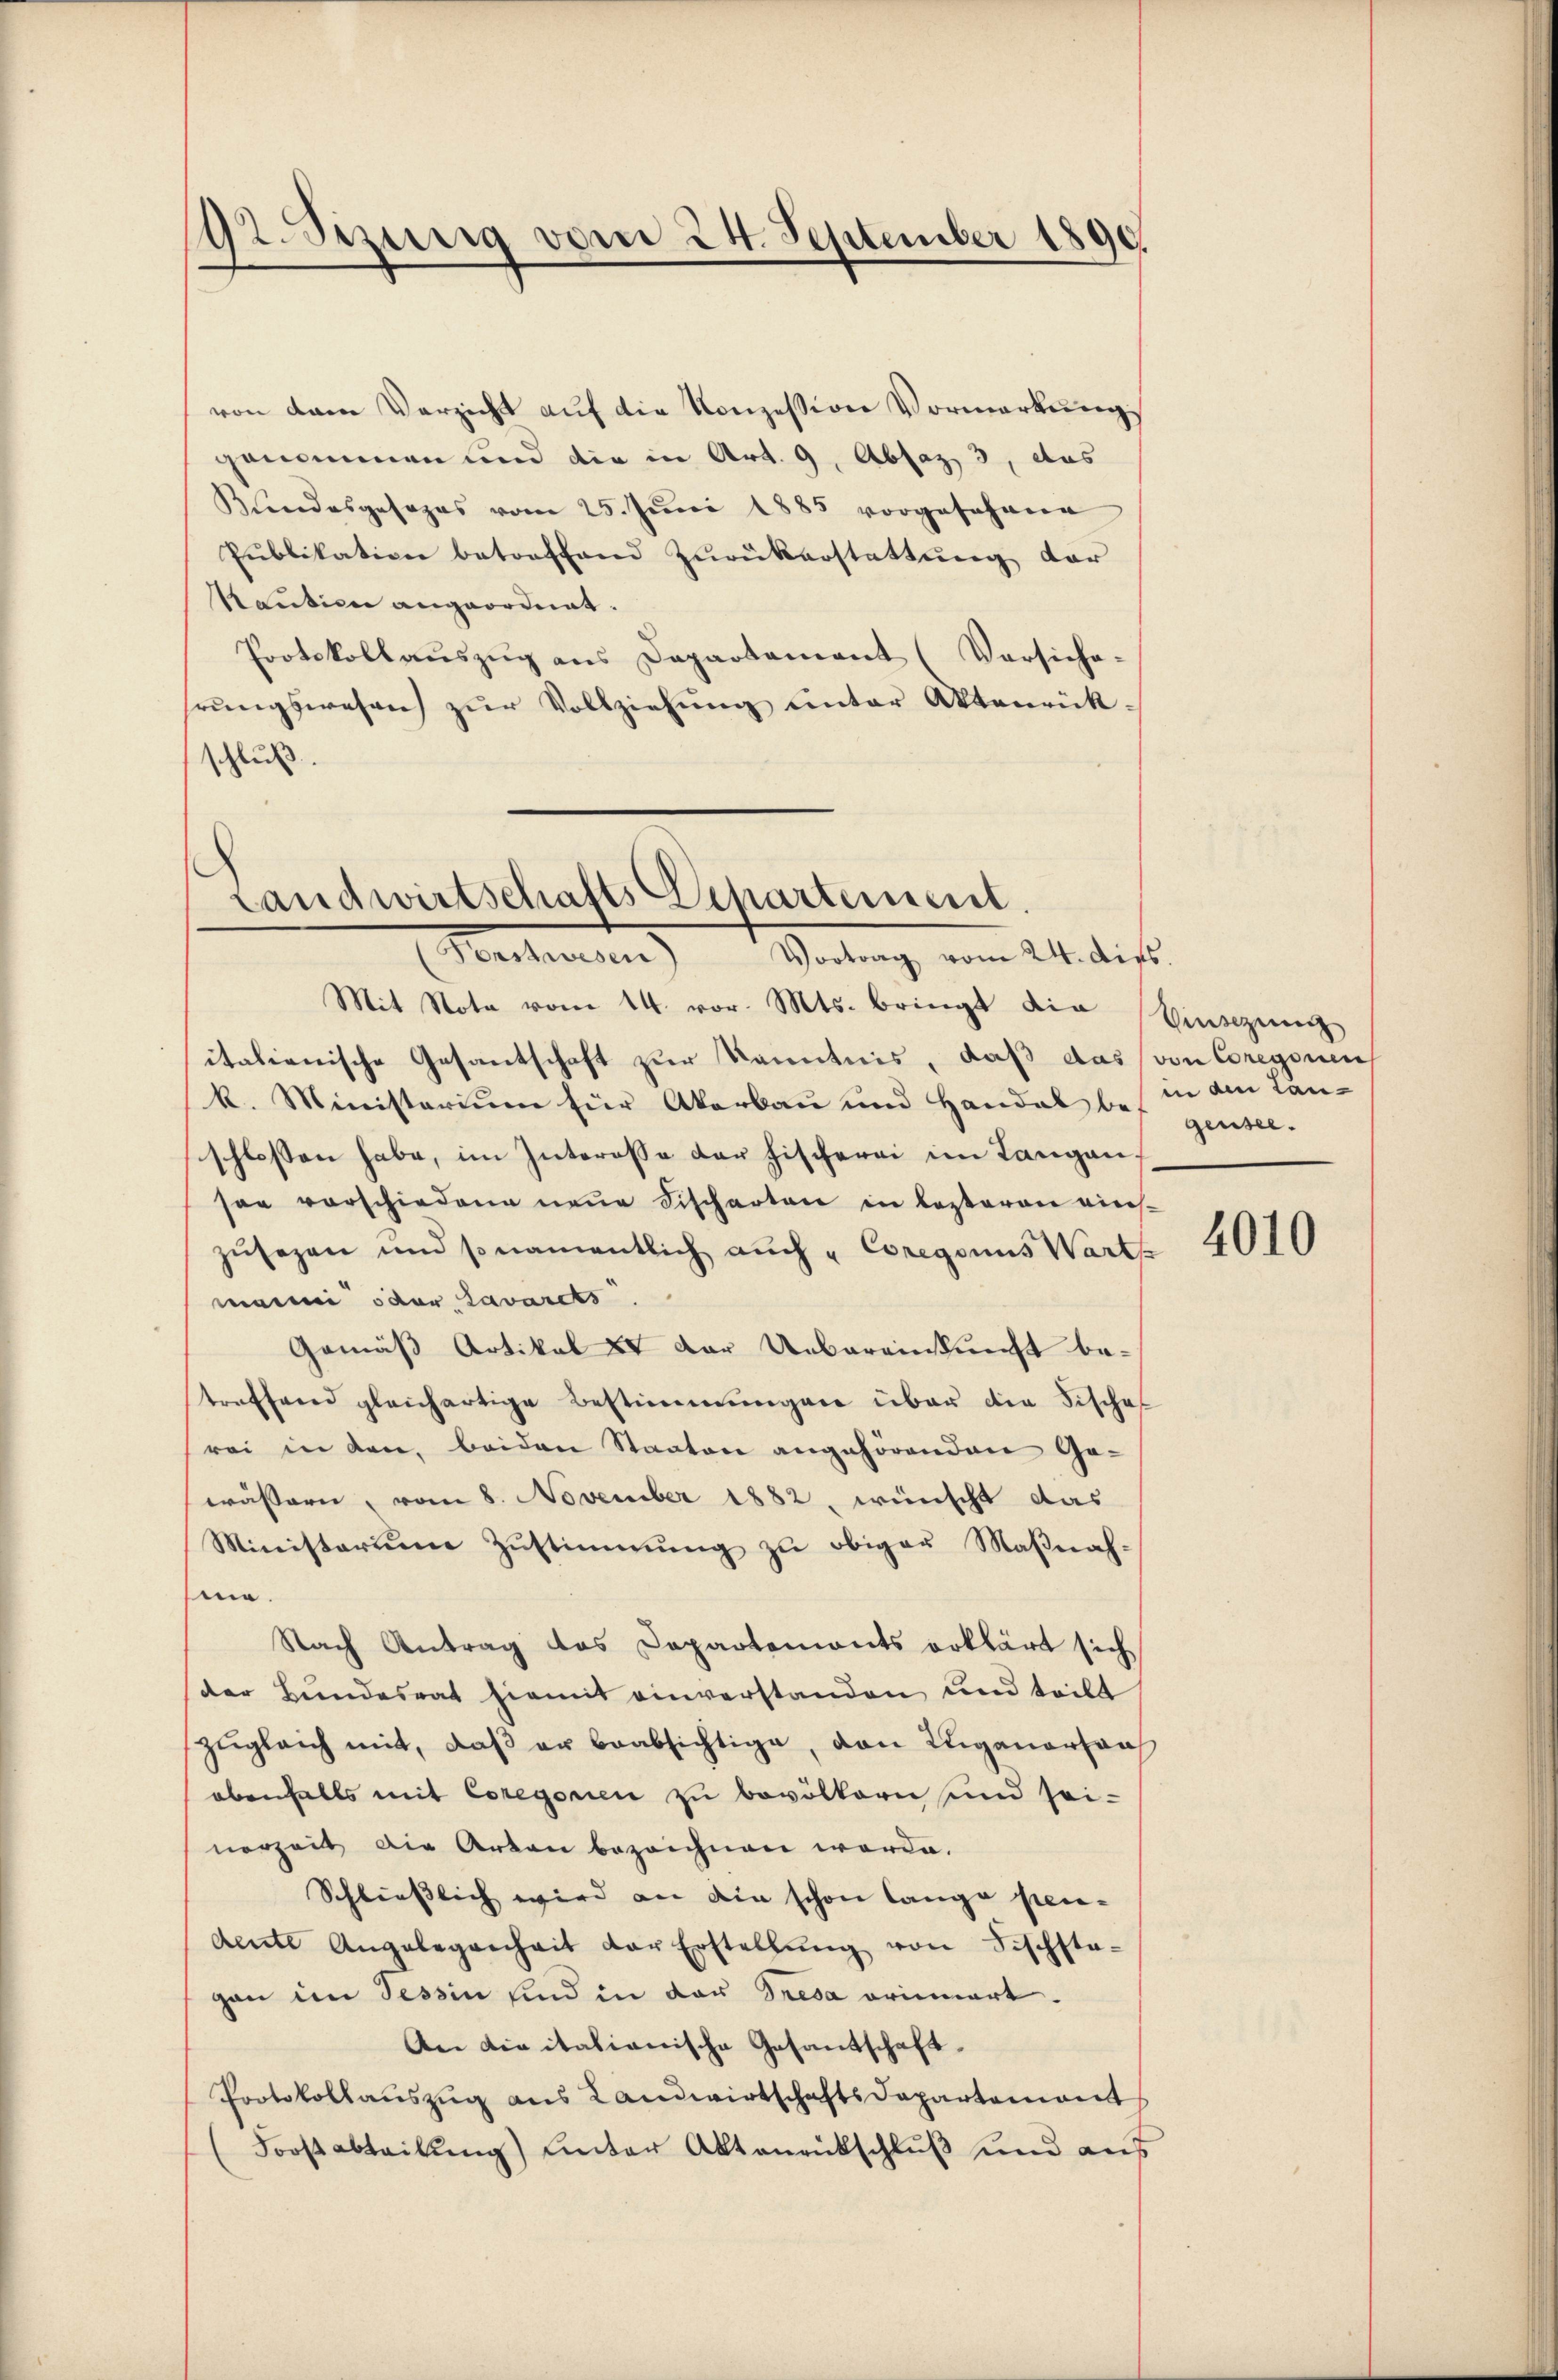
92. Sezung vom 24. September 1890.

von dem Verzicht aŭf die Konzession Vormerkŭng
genommen und die in Art. 9, Absaz, 3, das
Kŭndesgesezes vom 25. Jŭni 1885 vorgesehene
Pŭblikation betreffend Zŭrükerstattŭng der
Raution angeordnet.
Protokollauszug aus Departement (Vorsiche-
hrŭngswesen zŭr Vollziehŭng ŭnter Aktenrück-
schluß.

Landwirtschafts Departement.
Tonstwesen Vortrag vom 24. dies.

Mit Nota vom 14. vor. Mts. bringt die
italienische Gesantschaft zur Kenntnis, daß das von Coregnen
k. Ministerium für Akarbau und Handal bei den Lan-
schlossen habe, im Interesse der Fischerei im Langanson vorschiedene neue Fischarten in lezteren vierszusezen und so namentlich auch „Coregouus Warte
manni oder Lavarets
Gemäß Artikel 8 der Uebereinkunft be-
treffend gleichartige Bestimmungen über die Fische
rei in den beiden Staaten angehörenden Gewässern, vom 8. November 1882, wünscht das
Ministerium Zustimmung zu obiger Maßnahme.
Nach Antrag das Departements erklärt sich
der Bundesrat hiemit einverstanden und teilt
zugleich mit, daß er beabsichtige, von Luganorsaa
ebenfalls mit Coregorien zu bevölkern und sei-
nerzeit die Arten bezeichnen werde.
Schliesslich wird an die schon lange pen-
dente Angelegenheit der Erstellŭng von Fischsta-
gan im Tessin sind in der Tresa orinnert.
An die italianische Gesandschaft¬
Protokollaŭszŭg aŭs Landwirtschaftsdepartement
(Forstabteilŭng unter Aktenrütschluß und aus

Winschung
gensee.

4010